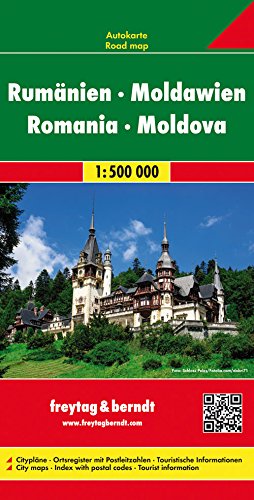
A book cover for Romania/Moldova (Road Maps); Freytag-Berndt und Artaria; Travel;